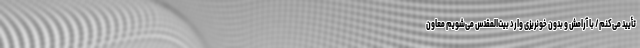
تأیید می‌کنم/ با آرامش و بدون خونریزی وارد بیت‌المقدس می‌شویم معاون